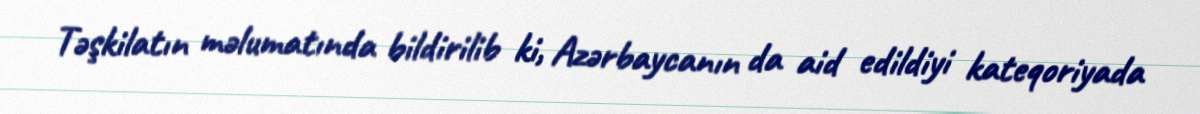
Təşkilatın məlumatında bildirilib ki, Azərbaycanın da aid edildiyi kateqoriyada